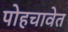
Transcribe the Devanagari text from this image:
पोहचावेत